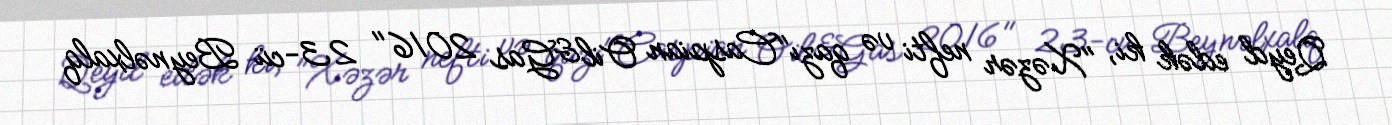
Qeyd edək ki, "Xəzər nefti və qazı"Caspian Oil&Gas 2016" 23-cü Beynəlxalq